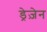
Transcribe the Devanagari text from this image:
ड्रेज़ेन